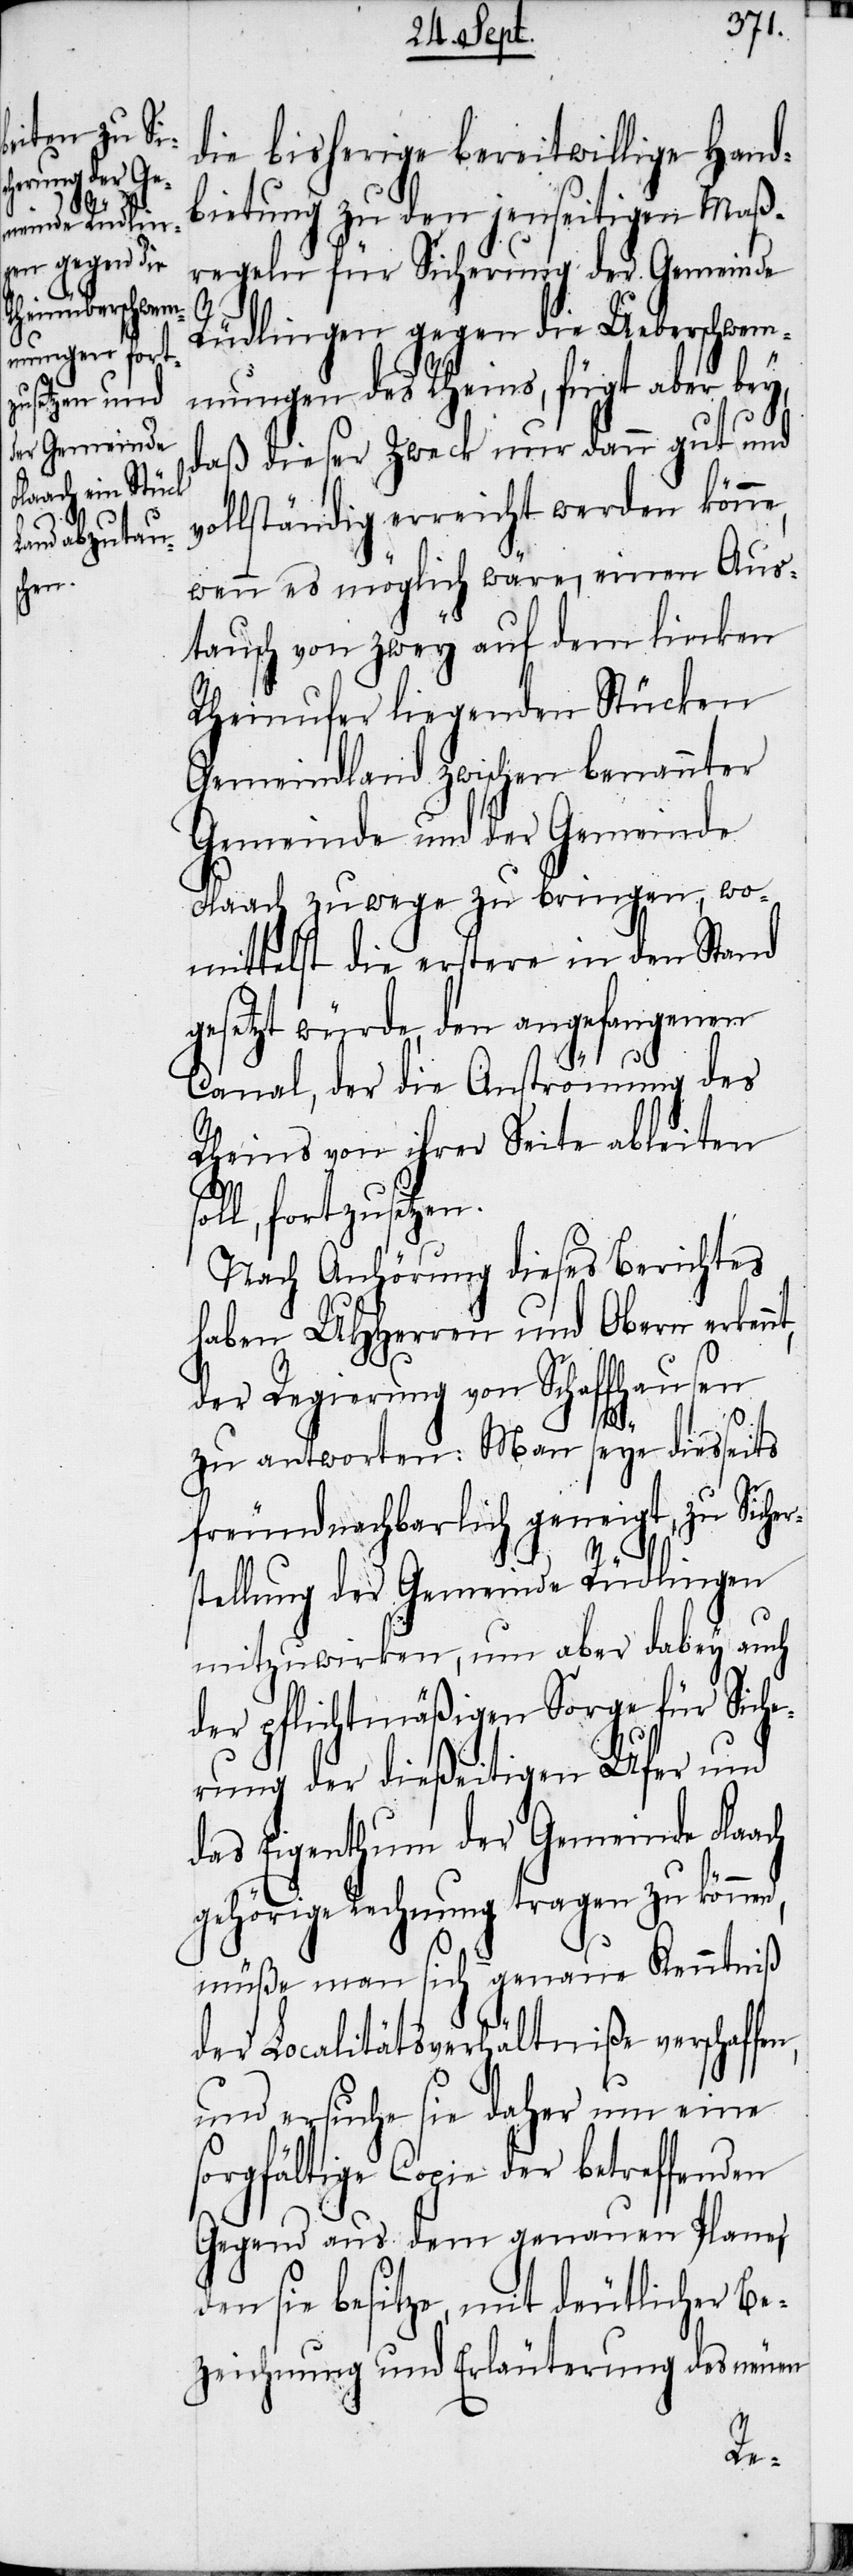
die bisherige bereitwillige Hand¬
bietung zu den jenseitigen Maß¬
regeln für Sicherung der Gemeinde
s¬
Rüdlingen gegen die Ueberschwem¬
mungen des Rheins, fügt aber bey,
daß dieser Zweck nur dann gut und
vollständig erreicht werden könne,
wenn es möglich wäre, einen Aus¬
tausch von zwey auf dem linken
Rheinufer liegenden Stücken
Gemeindland zwischen benannter
Gemeinde und der Gemeinde
Flaach zuwege zu bringen, wo¬
mittelst die erstere in den Stand
gesetzt würde, den angefangenen
Canal, der die Anströmung des
Rheins von ihrer Seite ableiten
soll, fortzusetzen.
Nach Anhörung dieses Berichtes
haben UHHerren und Obern erken¬
der Regierung von Schaffhausen
nt,
zu antworten: Man seye diesseits
freundnachbarlich geneigt, zu Sicher¬
tellung der Gemeinde Rüdlingen
mitzuwirken, um aber dabey auch
der pflichtmäßigen Sorge für Siche¬
rung der dießeitigen Ufer und
des Eigenthum der Gemeinde Flaach
gehörige Rechnung tragen zu können,
müße man sich genaue Kenntniß
der Localitätsverhältniße verschaff¬
und ersuche sie daher um eine
sorgfältige Copie der betreffenden
Gegend aus dem genauen Plane,
den sie besitze, mit deutlicher Be¬
zeichnung und Erläuterung des neuen
en,